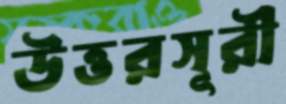
উত্তরসূরী